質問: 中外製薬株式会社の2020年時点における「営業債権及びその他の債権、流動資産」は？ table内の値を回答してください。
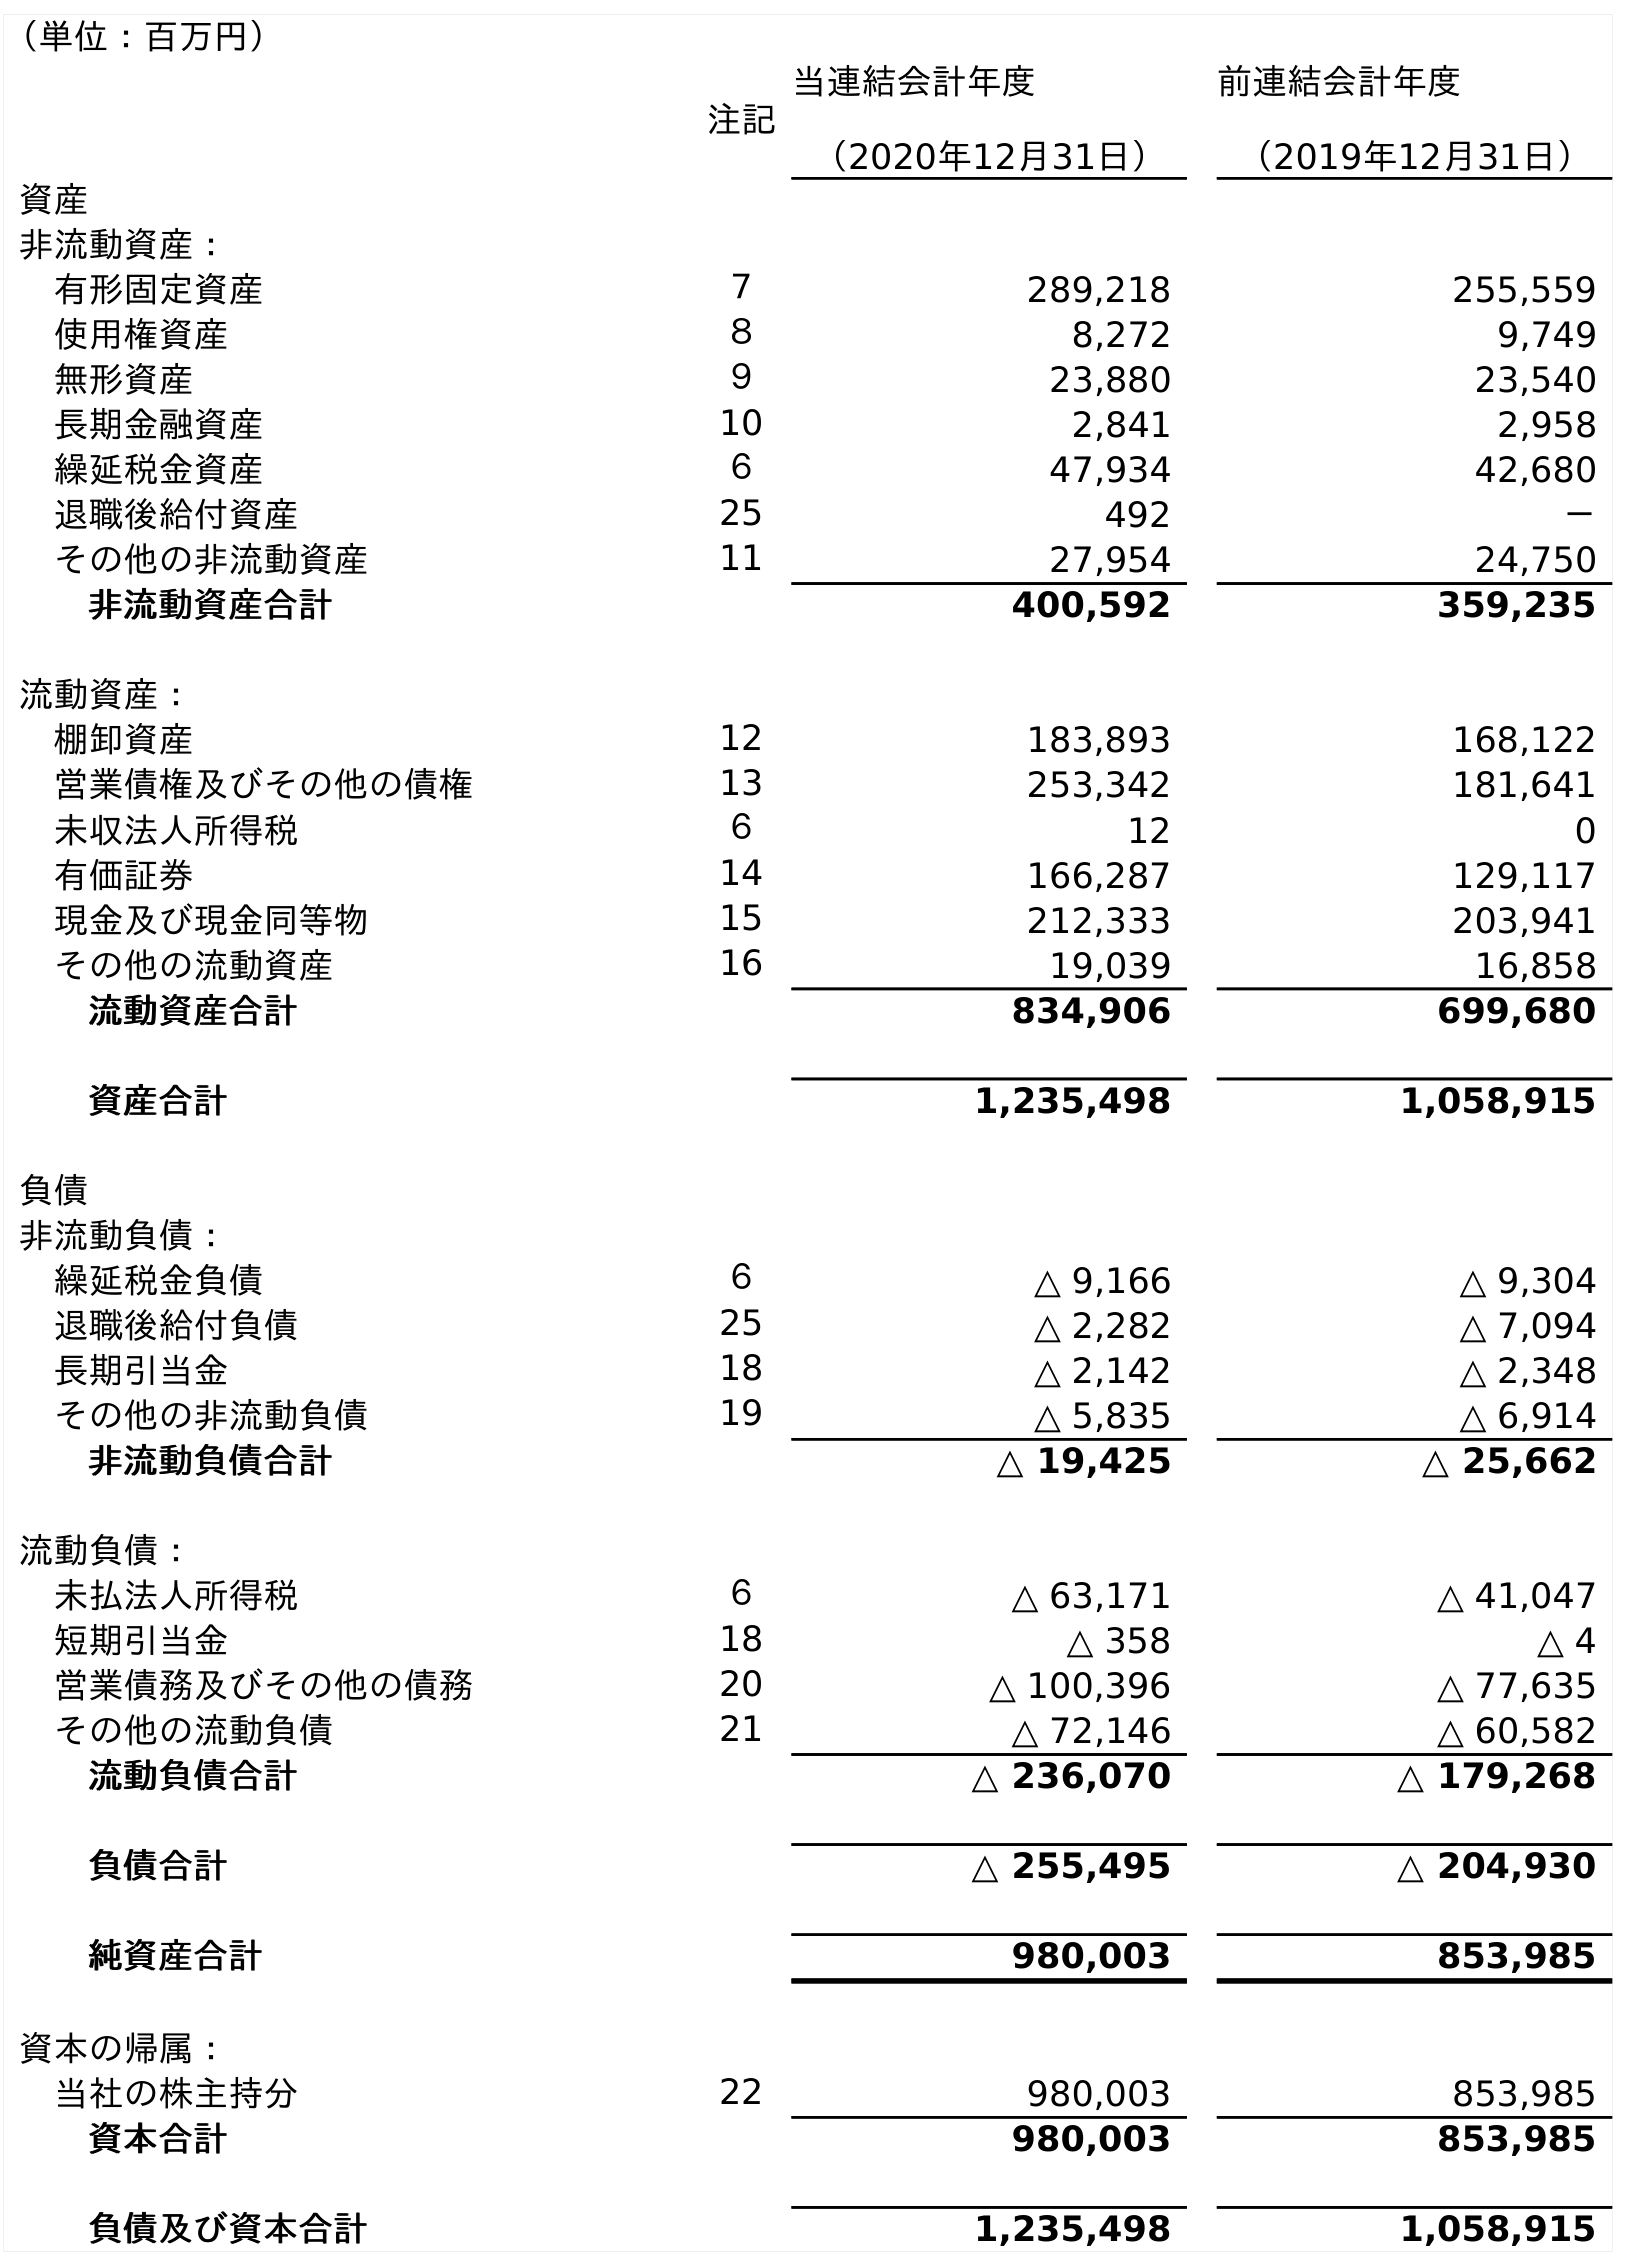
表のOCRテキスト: （単位：百万円） 注記 当連結会計年度 （2020年12月31日） 前連結会計年度 （2019年12月31日） 資産 非流動資産： 有形固定資産 ７ 289,218 255,559 使用権資産 ８ 8,272 9,749 無形資産 ９ 23,880 23,540 長期金融資産 10 2,841 2,958 繰延税金資産 ６ 47,934 42,680 退職後給付資産 25 492 － その他の非流動資産 11 27,954 24,750 非流動資産合計 400,592 359,235 流動資産： 棚卸資産 12 183,893 168,122 営業債権及びその他の債権 13 253,342 181,641 未収法人所得税 ６ 12 0 有価証券 14 166,287 129,117 現金及び現金同等物 15 212,333 203,941 その他の流動資産 16 19,039 16,858 流動資産合計 834,906 699,680 資産合計 1,235,498 1,058,915 負債 非流動負債： 繰延税金負債 ６ △ 9,166 △ 9,304 退職後給付負債 25 △ 2,282 △ 7,094 長期引当金 18 △ 2,142 △ 2,348 その他の非流動負債 19 △ 5,835 △ 6,914 非流動負債合計 △ 19,425 △ 25,662 流動負債： 未払法人所得税 ６ △ 63,171 △ 41,047 短期引当金 18 △ 358 △ 4 営業債務及びその他の債務 20 △ 100,396 △ 77,635 その他の流動負債 21 △ 72,146 △ 60,582 流動負債合計 △ 236,070 △ 179,268 負債合計 △ 255,495 △ 204,930 純資産合計 980,003 853,985 資本の帰属： 当社の株主持分 22 980,003 853,985 資本合計 980,003 853,985 負債及び資本合計 1,235,498 1,058,915
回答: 253,342